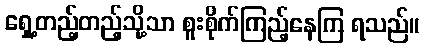
ရှေ့တည့်တည့်သို့သာ စူးစိုက်ကြည့်နေကြ ရသည်။